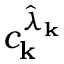
c _ { \mathbf { k } } ^ { \hat { \lambda } _ { \mathbf { k } } }